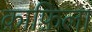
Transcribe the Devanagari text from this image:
क़ाफ़िला